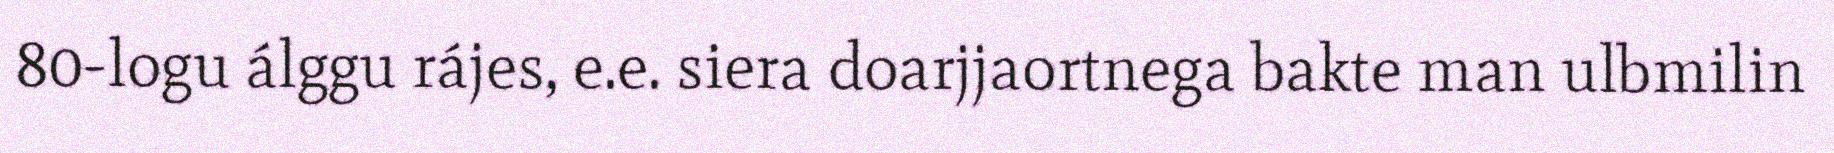
80-logu álggu rájes, e.e. siera doarjjaortnega bakte man ulbmilin